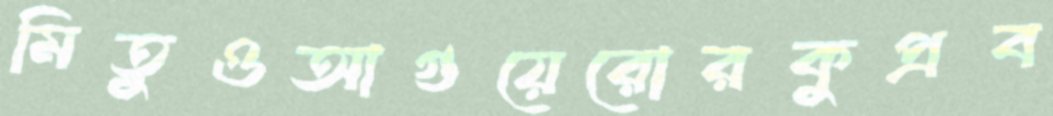
মিতুওআগুয়েরোরকুপ্রব